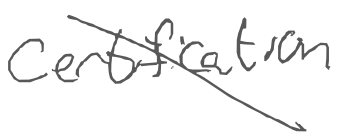
Text: certification
Cross-out: diagonal
Writing tool: digital_gray